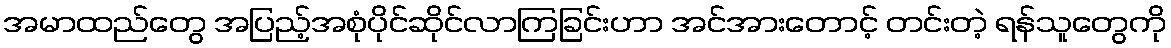
အမာထည်တွေ အပြည့်အစုံပိုင်ဆိုင်လာကြခြင်းဟာ အင်အားတောင့် တင်းတဲ့ ရန်သူတွေကို